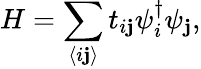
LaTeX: H=\sum_{\left<i\mathbf{j}\right>}t_{i\mathbf{j}}\psi_{i}^{\dagger}\psi_{\mathbf{j}},